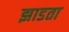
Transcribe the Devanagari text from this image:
झाडता